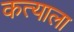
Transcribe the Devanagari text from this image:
कत्याला